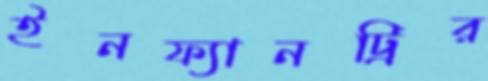
ইনফ্যানট্রির